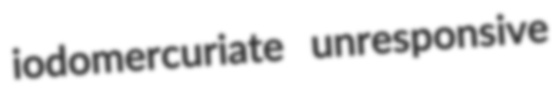
iodomercuriate unresponsive